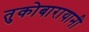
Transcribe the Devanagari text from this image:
तुकोबारायानी